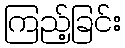
ကြည့်ခြင်း